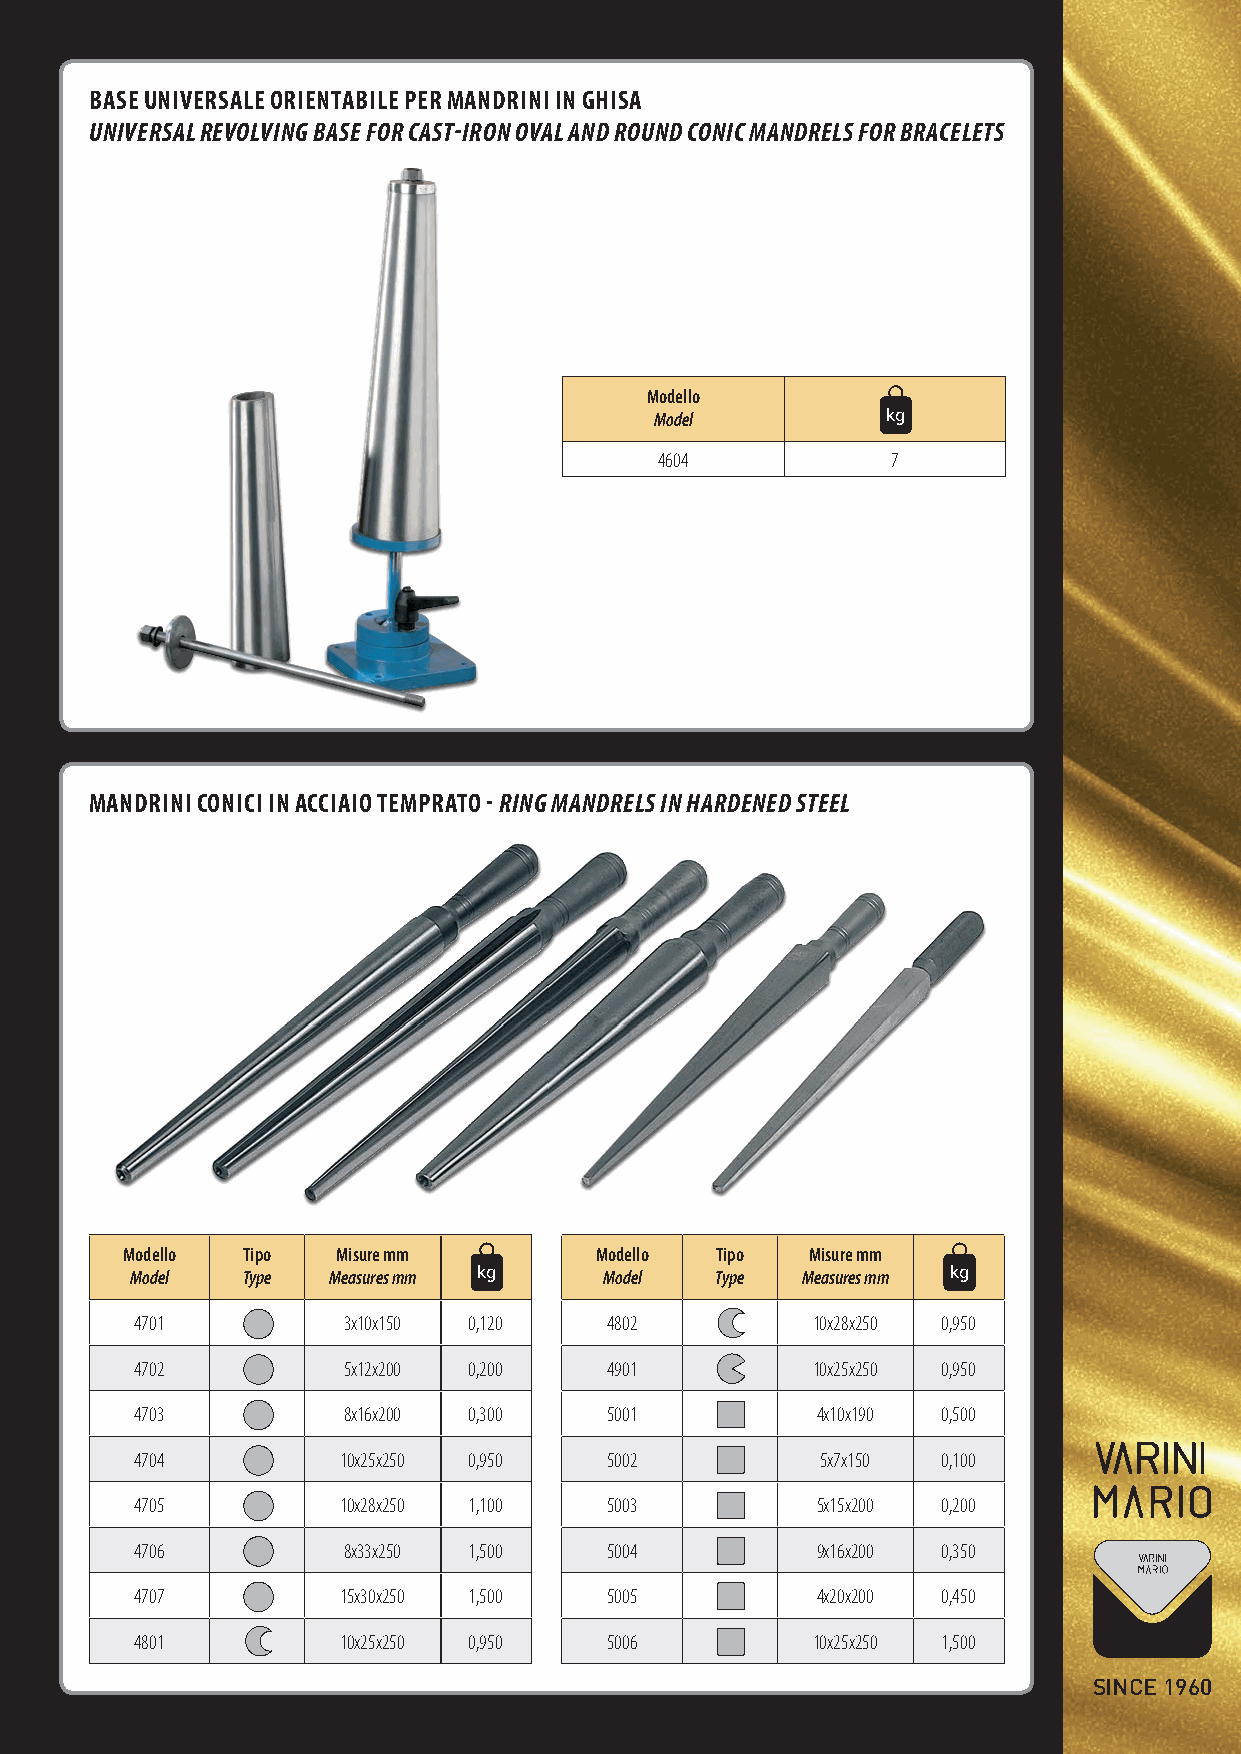
BASE UNIVERSALE ORIENTABILE pER MANDRINI IN GhISA
 UNIVERSAL REVOLVING BASE FOR CAST-IRON OVAL AND ROUND CONIC MANDRELS FOR BRACELETS
 Modello     BH
 Model     A     kg
 cm
 4604           7
 MANDRINI CONICI IN ACCIAIO TEMpRATO - RING MANDRELS IN HARDENED STEEL
 Modello Tipo  Misure mm BH      Modello Tipo  Misure mm BH
 Model  Type  Measures mA m kg  Model  Type  Measures mA m kg
 cm                             cm
 4701          3x10x150 0,120   4802          10x28x250 0,950
 4702          5x12x200 0,200   4901          10x25x250 0,950
 4703          8x16x200 0,300   5001          4x10x190 0,500
 4704          10x25x250 0,950  5002          5x7x150 0,100
 4705          10x28x250 1,100  5003          5x15x200 0,200
 4706          8x33x250 1,500   5004          9x16x200 0,350
 4707          15x30x250 1,500  5005          4x20x200 0,450
 4801          10x25x250 0,950  5006          10x25x250 1,500
 SINCE 1960
 Varini_catalogo_def2.indd 23                                           18/06/12 15:26